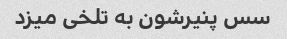
سس پنیرشون به تلخی میزد